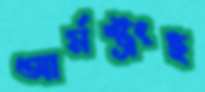
আর্মস্ট্রংই